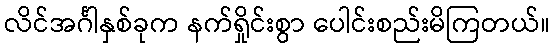
လိင်အင်္ဂါနှစ်ခုက နက်ရှိုင်းစွာ ပေါင်းစည်းမိကြတယ်။